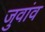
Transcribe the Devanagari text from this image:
जुवांव